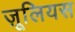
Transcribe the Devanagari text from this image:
ज़ूलियस